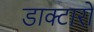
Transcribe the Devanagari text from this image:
डाक्टारो